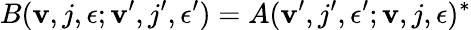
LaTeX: B({\mathbf v},j,\epsilon;{\mathbf v}^{\prime},j^{\prime},\epsilon^{\prime})=A({\mathbf v}^{\prime},j^{\prime},\epsilon^{\prime};{\mathbf v},j,\epsilon)^{*}